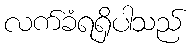
လက်ခံရရှိပါသည်